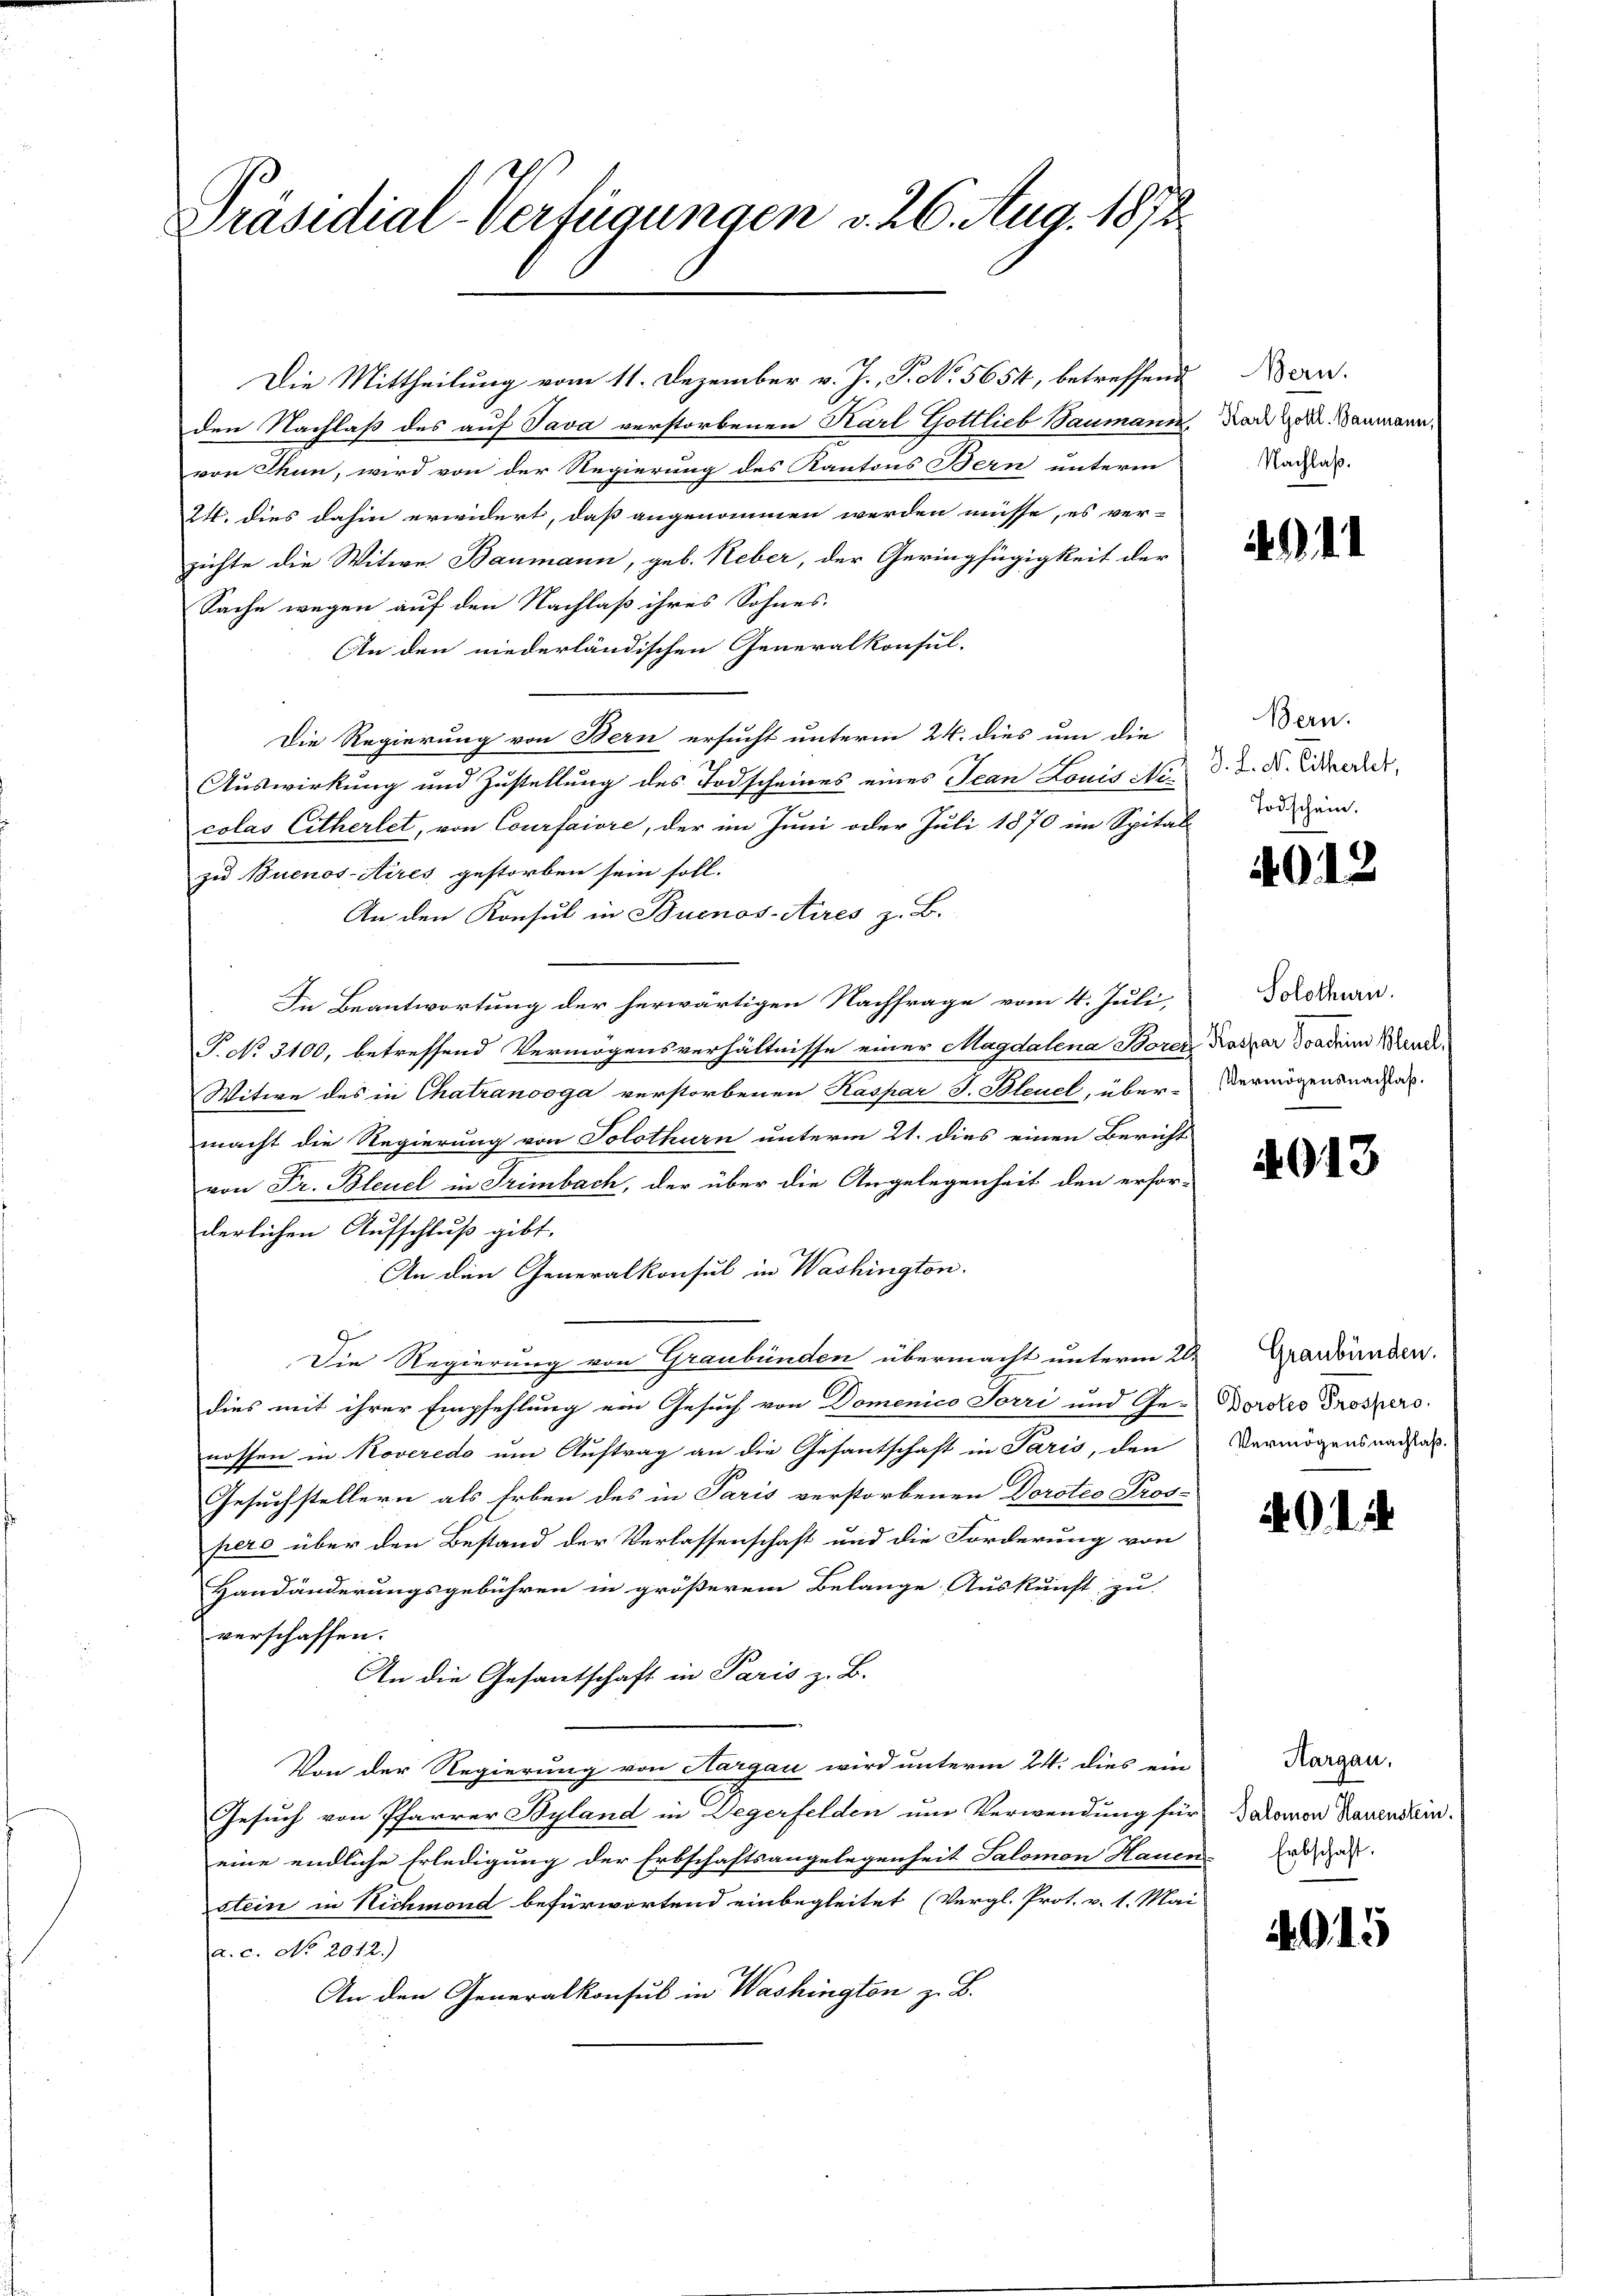
Präsidial-Verfügungen v. 26. Aug. 1872

den Nachlaß des auf Java verstorbenen Karl Gottlieb Baumann,
von Thun, wird von der Regierung des Kantons Bern unterm
24. dies dahin erwidert, daß angenommen werden müsse, es ver-
zichte die Witwe Baumann, geb. Neber, der Geringfügigkeit der
Sache wegen auf den Nachlaß ihres Sohnes.
An den niederländischen Generalkonsul-
Die Regierung von Bern ersucht unterm 24. dies um die
Auswirkung und Zustellung des Todscheines eines Jean Louis Nicolas Citherlet, von Courfaiore, der im Juni oder Juli 1870 im Spital-
zu Buenos-Aires gestorben sein soll.
An den Konsul in Buenos-Aires z. B.
In Beantwortung der herwärtigen Nachfrage vom 4. Juli,
P. No. 3100, betreffend Vermögensverhältnisse einer Magdalena Boren Kaspar Sondern Wundt¬
Witwe des in Chatranooga verstorbenen Kaspar J. Bleuel, über-
macht die Regierung von Solothurn unterm 21. dies einen Bericht
von Fr. Bleuel in Trimbach, der über die Angelegenheit den erfor-
derlichen Aufschluß gibt.
An den Generalkonsul in Washington
g
Die Regierung von Graubünden übermacht unterm 20.
dies mit ihrer Empfehlung ein Gesuch von Domenico Jorri und Ge-
nossen in Roveredo um Auftrag an die Gesantschaft in Paris, den
Gesuchstellern als Erben des in Paris verstorbenen Dorotio Pros-
pero über den Bestand der Verlassenschaft und die Forderung von
Handänderungsgebühren in größerem Belange Auskunft zu
verschaffen.
An die Gesantschaft in Paris z. B.
Von der Regierung von Aargau wird unterm 24. dies ein
Gesuch von Pfarrer Byland in Degerfelden um Verwendung für
eine endliche Erledigung der Erbschaftsangelegenheit Salomon Hauen
stein in Nichmond befürwortend einbegleitet (Vergl. Prot. v. 1. Mai
a. c. No 2012.)
An den Generalkonsul in Washington z. B.

Die Mittheilung vom 11. Dezember v. J., P. No. 5654, betreffend Nen-

Karl Gottl. Baumann,
Nachlaß.

1

Bern.
J. L. N. Eithertet,
Todschein.

4012

Solothurn.
Vermögensnachlaß.

4013

Graubünden.
Dorotio Prospero.
Vermögensnachlaß.

. . . .

Hargau,
Salomon Hauenstein.
 Erbschaft.

.